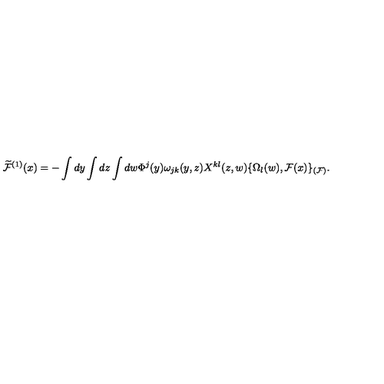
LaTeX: \widetilde { \cal F } ^ { ( 1 ) } ( x ) = - \int d y \int d z \int d w \Phi ^ { j } ( y ) \omega _ { j k } ( y , z ) X ^ { k l } ( z , w ) \{ \Omega _ { l } ( w ) , { \cal F } ( x ) \} _ { ( { \cal F } ) } .